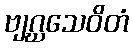
ဗျဂ္ဃသေဝိတံ